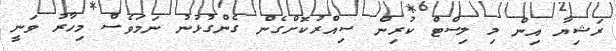
ރަޝިޔާ އިން މި ލިސްޓް ކުރިން ސިއްރުކޮށްގެން ގެންގުޅުނު ނަމަވެސް މިހާރު ވަނީ